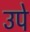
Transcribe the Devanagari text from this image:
उपे